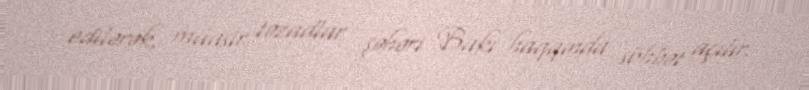
edilərək, müasir təzadlar şəhəri Bakı haqqında söhbət açılır.